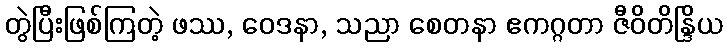
တွဲပြီးဖြစ်ကြတဲ့ ဖဿ, ဝေဒနာ, သညာ စေတနာ ဧကဂ္ဂတာ ဇီဝိတိန္ဒြိယ